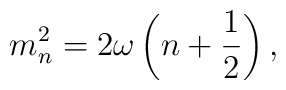
m_{n}^{2}=2\omega \left( n+\frac{1}{2}\right) ,